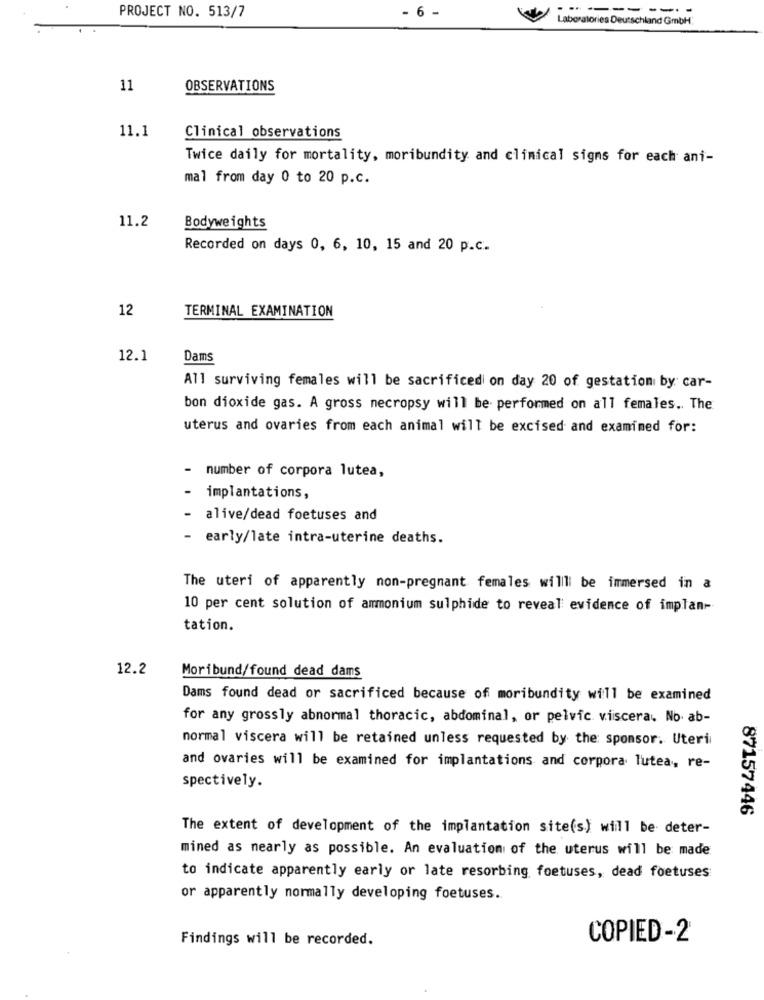
PROJECT NO. 513/7
Laboratories Deutschland GmbH
11
OBSERVATIONS
11.1
Clinical observations
Twice daily for mortality, moribundity and clinical signs for each ani-
mal from day 0 to 20 p.c.
11.2
Bodyweights
Recorded on days 0, 6, 10, 15 and 20 p.c.
12
TERMINAL EXAMINATION
12.1
Dams
All surviving females will be sacrificed on day 20 of gestation by car-
bon dioxide gas. A gross necropsy will be performed on all females. The
uterus and ovaries from each animal will be excised and examimed for:
-
number of corpora lutea,
- implantations,
alive/dead foetuses and
early/late intra-uterine deaths.
The uteri of apparently non-pregnant females willli be immersed in a
10 per cent solution of ammonium sulphide to reveal evidence of implan-
tation.
12.2
Moribund/found dead dams
Dams found dead or sacrificed because of moribundity will be examined
for any grossly abnormal thoracic, abdominal, or pelvic viscera. No ab-
normal viscera will be retained unless requested by the: sponsor. Uteri
and ovaries will be examined for implantations and corpora lutea, re-
spectively.
87157446
The extent of development of the implantation site(s) will be deter-
mined as nearly as possible. An evaluation of the uterus will be made
to indicate apparently early or late resorbing foetuses, dead foetuses
or apparently normally developing foetuses.
Findings will be recorded.
COPIED-2